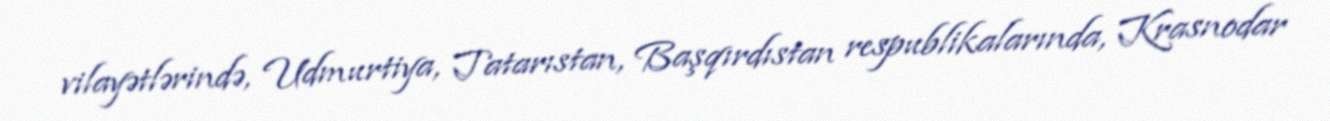
vilayətlərində, Udmurtiya, Tatarıstan, Başqırdıstan respublikalarında, Krasnodar